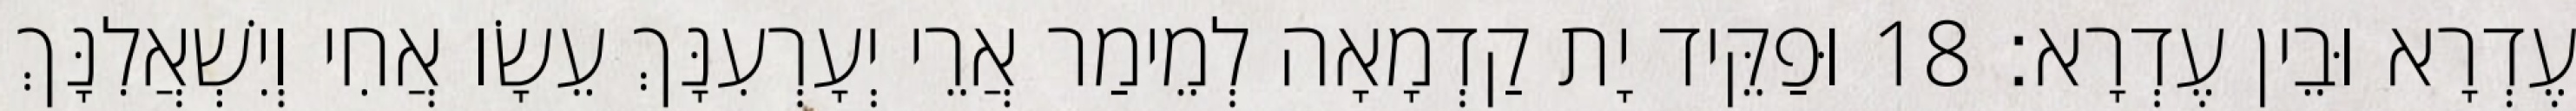
עֶדְרָא וּבֵין עֶדְרָא׃ 18 וּפַקֵּיד יָת קַדְמָאָה לְמֵימַר אֲרֵי יְעָרְעִנָּךְ עֵשָׂו אֲחִי וְיִשְׁאֲלִנָּךְ